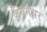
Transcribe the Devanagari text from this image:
फैंगमेयर